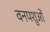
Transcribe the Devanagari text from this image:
वनपशुओं